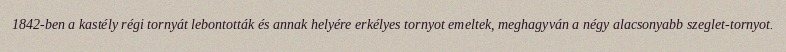
1842-ben a kastély régi tornyát lebontották és annak helyére erkélyes tornyot emeltek, meghagyván a négy alacsonyabb szeglet-tornyot.